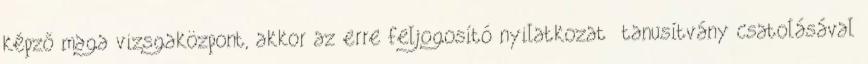
képző maga vizsgaközpont, akkor az erre feljogosító nyilatkozat tanusítvány csatolásával